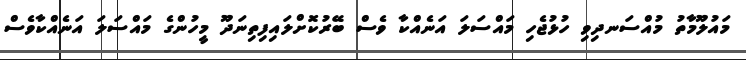
މައުލޫމާތު މުއްސަނދިވި ހުޅުޖެހި މައްސަލަ އަނެއްކާ ވެސް ބޭރުކޮށްލައިފިތިނަދޫ މީހުންގެ މައްސަލަ އަނެއްކާވެސް